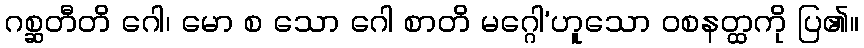
ဂစ္ဆတီတိ ဂေါ၊ မော စ သော ဂေါ စာတိ မဂ္ဂေါ’ဟူသော ဝစနတ္ထကို ပြ၏။